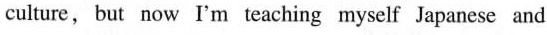
culture, but now I'm teaching myself Japanese and